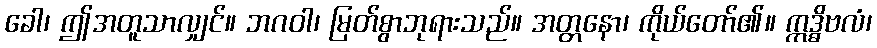
ခေါ၊ ဤအတူသာလျှင်။ ဘဂဝါ၊ မြတ်စွာဘုရားသည်။ အတ္တနော၊ ကိုယ်တော်၏။ ဣဒ္ဓိဗလံ၊